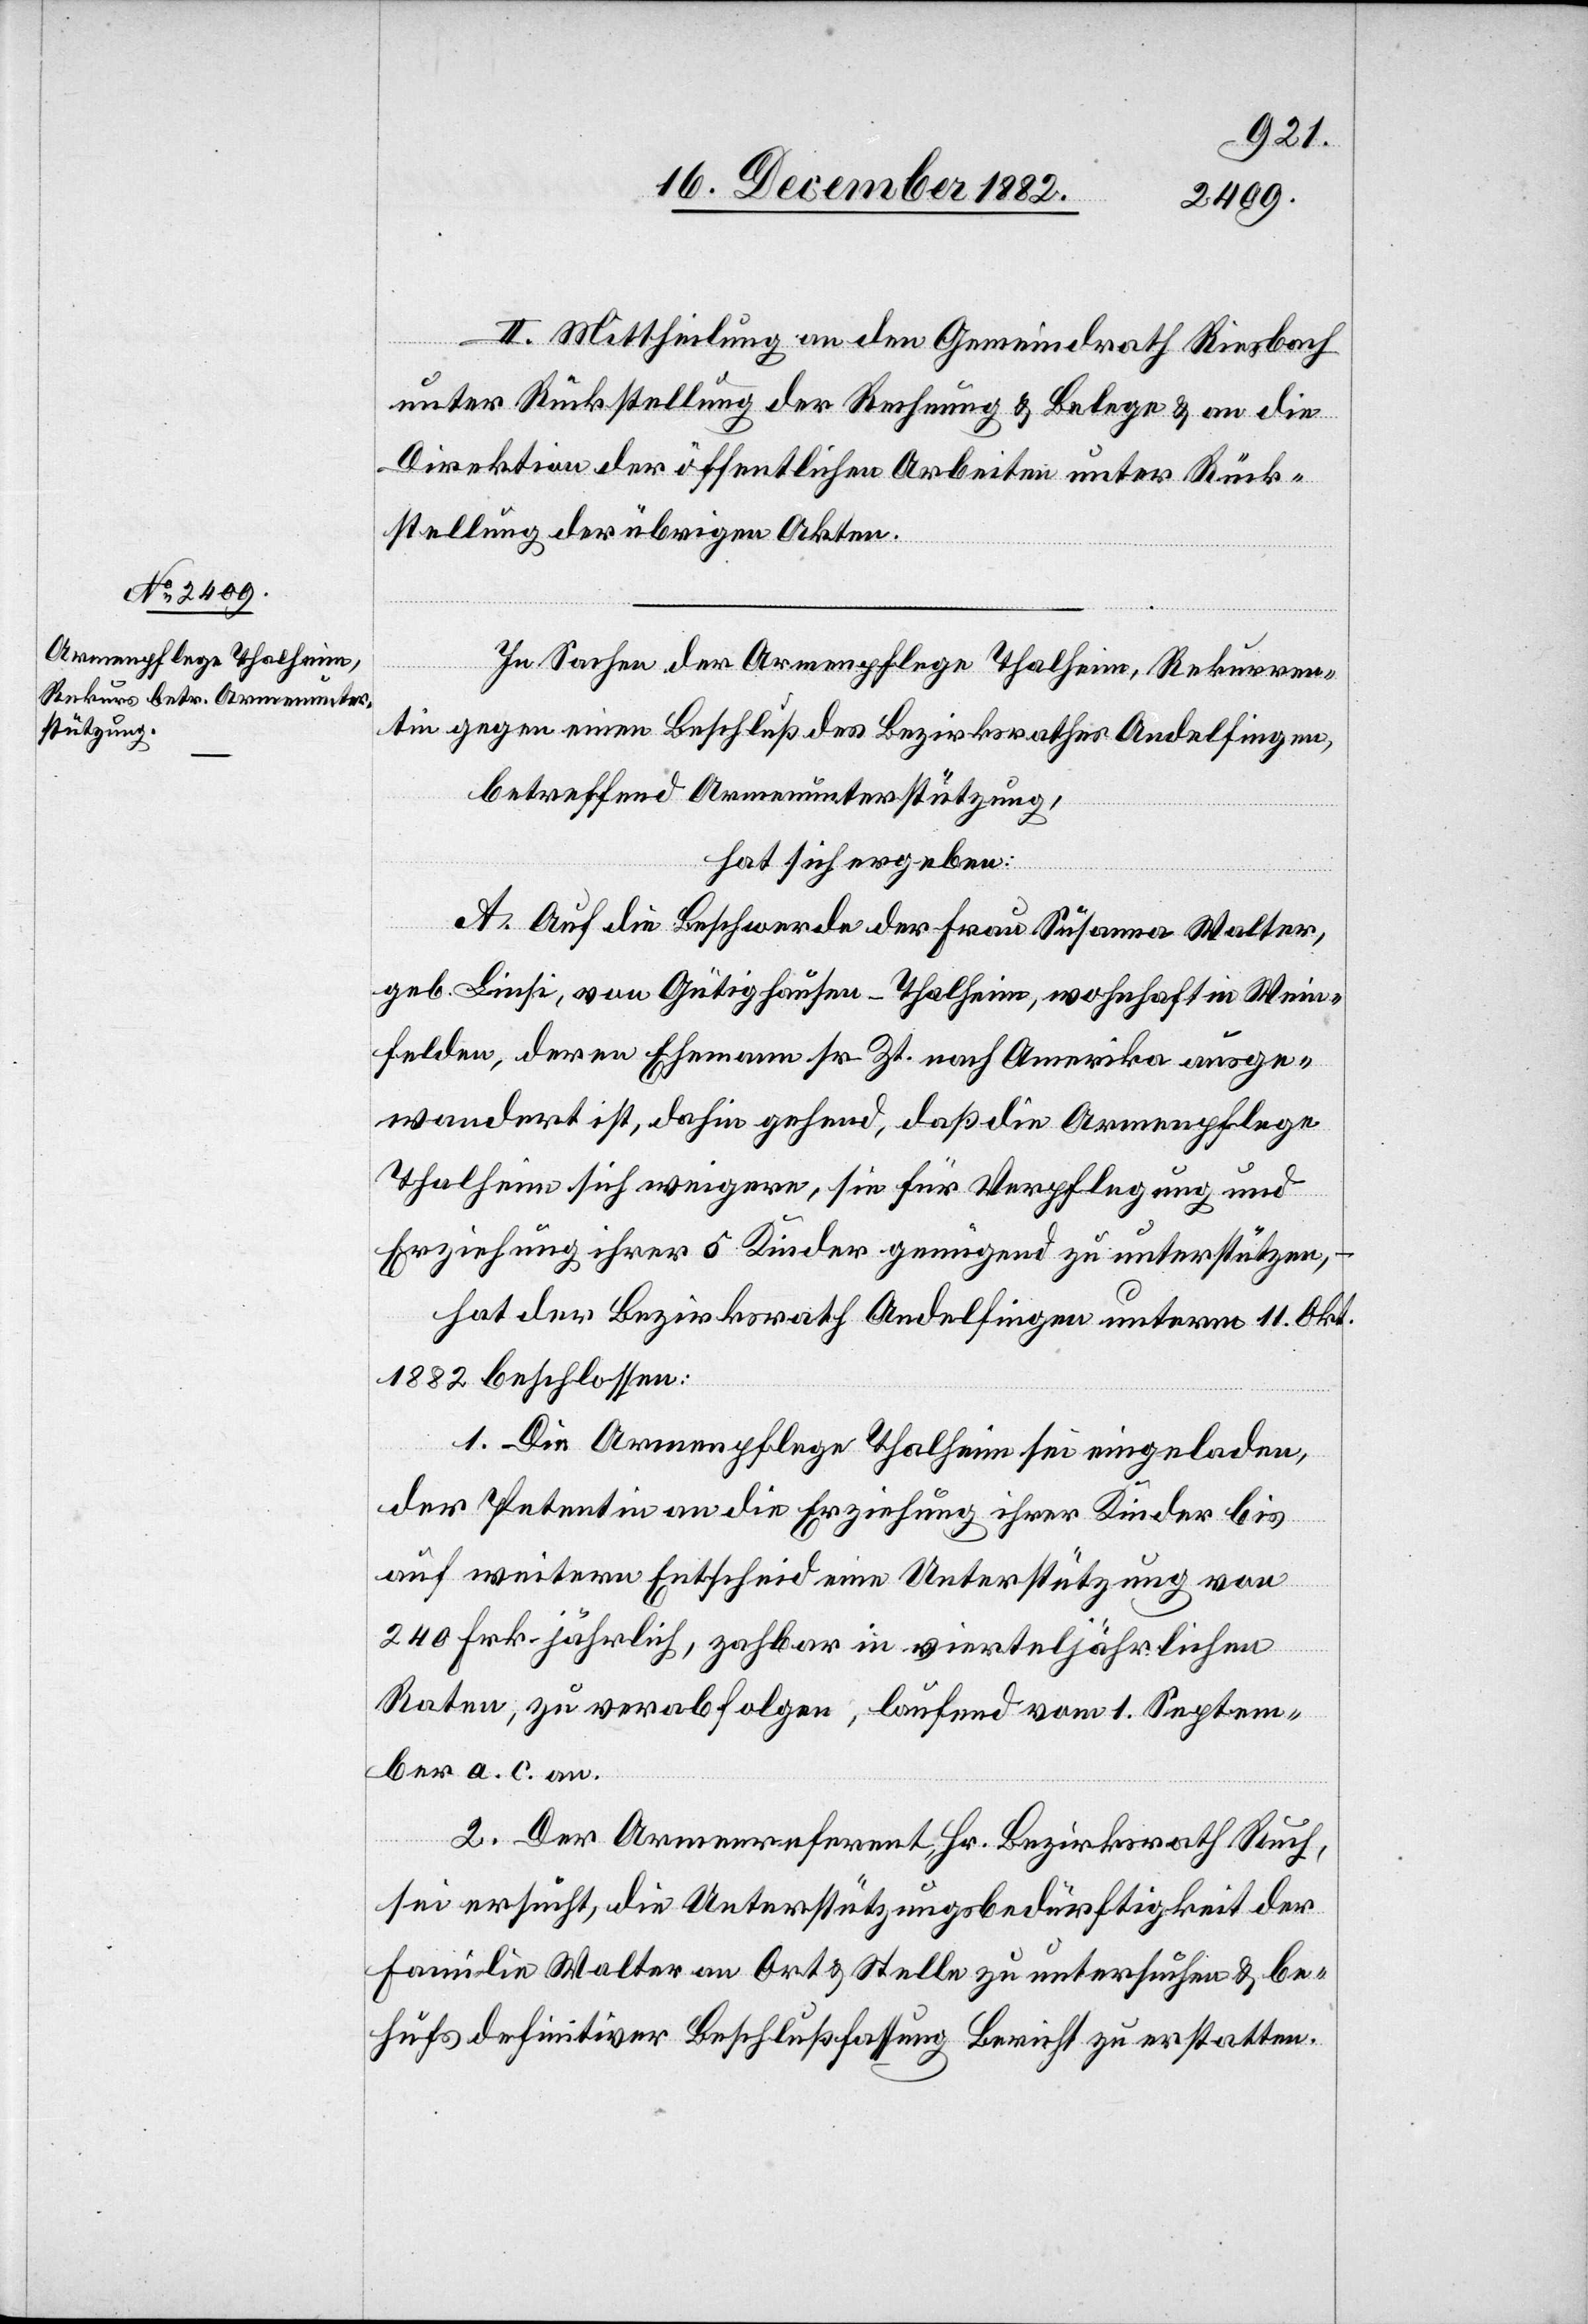
II. Mittheilung an den Gemeindrath Riesbach
unter Rückstellung der Rechnung & Belege & an die
Direktion der öffentlichen Arbeiten unter Rück¬
stellung der übrigen Akten.
In Sachen der Armenpflege Thalheim, Rekurren¬
tin gegen einen Beschluß des Bezirksrathes Andelfingen,
betreffend Armenunterstützung,
hat sich ergeben:
A. Auf die Beschwerde der Frau Susanna Walter,
geb. Linsi, von Gütighausen - Thalheim, wohnhaft in Wein¬
felden, deren Ehemann sr. Zt. nach Amerika ausge¬
wandert ist, dahin gehend, daß die Armenpflege
Thalheim sich weigere, sie für Verpflegung und
Erziehung ihrer 5 Kinder genügend zu unterstützen,
hat der Bezirksrath Andelfingen unterm 11. Okt.
1882 beschlossen:
1. Die Armenpflege Thalheim sei eingeladen,
der Petentin an die Erziehung ihrer Kinder bis
auf weitern Entscheid eine Unterstützung von
240 Frk. jährlich, zah[l]bar in vierteljährlichen
Raten, zu verabfolgen, laufend vom 1. Septem¬
ber a. c. an.
2. Der Armenreferent, Hr. Bezirksrath Ruch,
sei ersucht, die Unterstützungsbedürftigkeit der
Familie Walter an Ort & Stelle zu untersuchen & be¬
hufs definitiver Beschlußfassung Bericht zu erstatten.